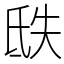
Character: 㲳